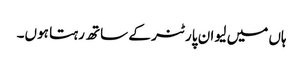
ہاں میں لیو ان پارٹنر کے ساتھ رہتا ہوں۔